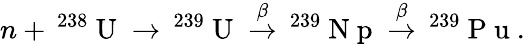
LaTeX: n+\, ^{238}\mathrm{~U~}\to\, ^{239}\mathrm{~U~}\overset{\beta}{\to}\, ^{239}\mathrm{~N~p~}\overset{\beta}{\to}\, ^{239}\mathrm{~P~u~}.